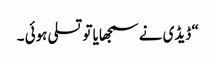
“ ڈیڈی نے سمجھایا تو تسلی ہوئی ۔